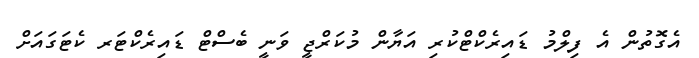
އެގޮތުން އެ ފިލްމު ޑައިރެކްޓްކުރި އަޔާން މުކަރްޖީ ވަނީ ބެސްޓް ޑައިރެކްޓަރ ކެޓަގައަށް